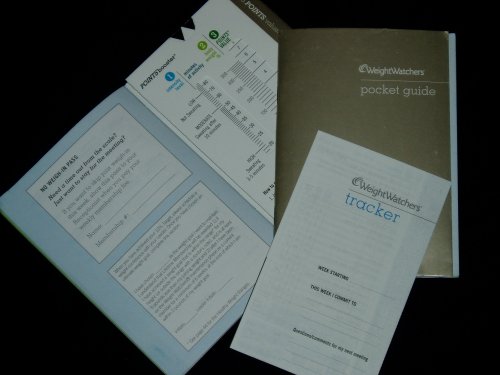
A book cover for Weight Watchers Pocket Guide; Weight Watchers; Health, Fitness & Dieting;